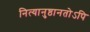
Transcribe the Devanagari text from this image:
नित्यानुष्ठानतोऽपि